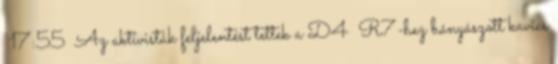
17:55 Az aktivisták feljelentést tettek a D4 R7-hez bányászott kavics